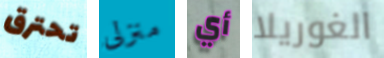
تحترق منزلى أي الغوريلا